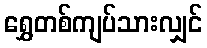
ရွှေတစ်ကျပ်သားလျှင်